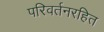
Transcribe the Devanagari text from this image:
परिवर्तनरहित